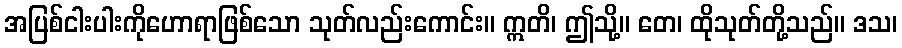
အပြစ်ငါးပါးကိုဟောရာဖြစ်သော သုတ်လည်းကောင်း။ ဣတိ၊ ဤသို့။ တေ၊ ထိုသုတ်တို့သည်။ ဒသ၊